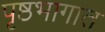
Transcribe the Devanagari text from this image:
पृष्ठभागात